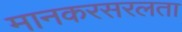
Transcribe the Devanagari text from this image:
मानकरसरलता